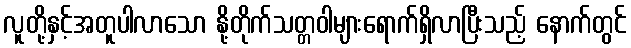
လူတို့နှင့်အတူပါလာသော နို့တိုက်သတ္တဝါများရောက်ရှိလာပြီးသည့် နောက်တွင်